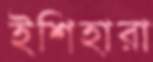
ইশিহারা